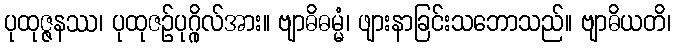
ပုထုဇ္ဇနဿ၊ ပုထုဇဉ်ပုဂ္ဂိုလ်အား။ ဗျာဓိဓမ္မံ၊ ဖျားနာခြင်းသဘောသည်။ ဗျာဓိယတိ၊